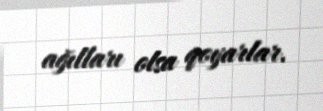
ağılları olsa qoyarlar.